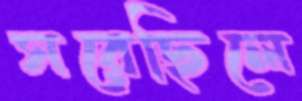
সরেছিলে